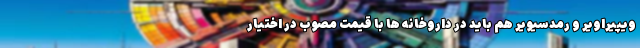
ویپیراویر و رمدسیویر هم باید در داروخانه ها با قیمت مصوب در اختیار